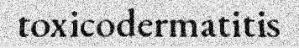
toxicodermatitis